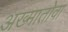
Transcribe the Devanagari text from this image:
अख्मातोवा